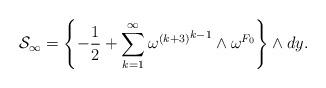
LaTeX: \begin{align*}{\cal S}_{\infty}=\left\{-{1\over2}+\sum_{k=1}^{\infty}{{\omega^{(k+3)}}^{k-1}\wedge\omega^{F_0}}\right\}\wedge dy.\end{align*}